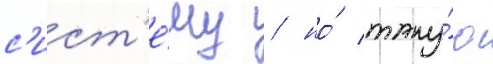
с'ист'е́му / но́ таку́ю